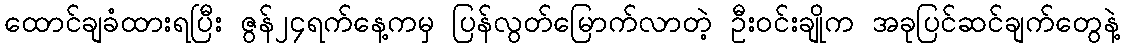
ထောင်ချခံထားရပြီး ဇွန်၂၄ရက်နေ့ကမှ ပြန်လွတ်မြောက်လာတဲ့ ဦးဝင်းချိုက အခုပြင်ဆင်ချက်တွေနဲ့